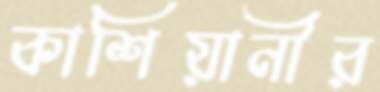
কাশিয়ানীর